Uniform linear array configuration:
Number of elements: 12
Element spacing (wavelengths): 1
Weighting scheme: binomial
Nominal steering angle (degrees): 45
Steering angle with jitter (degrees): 43.596
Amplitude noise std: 0.05
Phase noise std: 0.05

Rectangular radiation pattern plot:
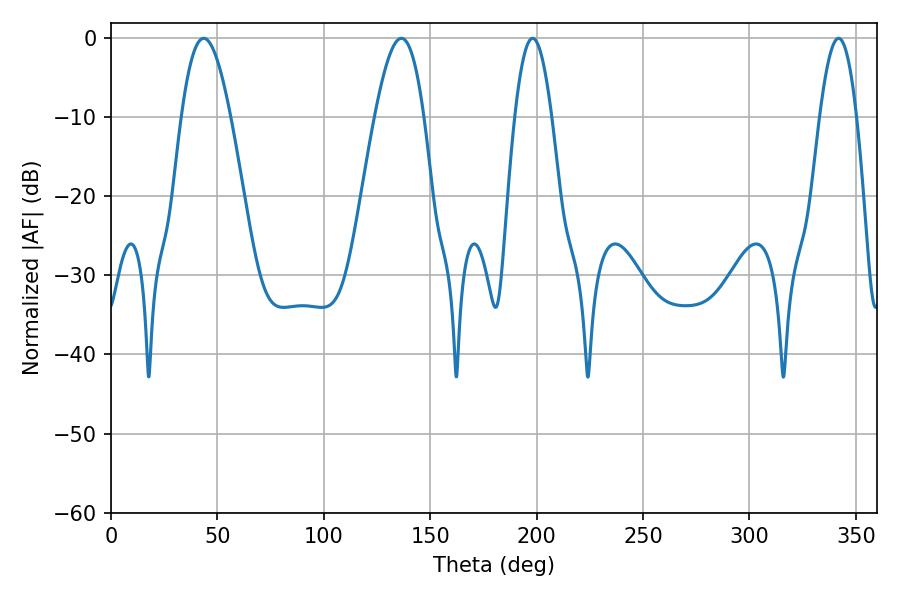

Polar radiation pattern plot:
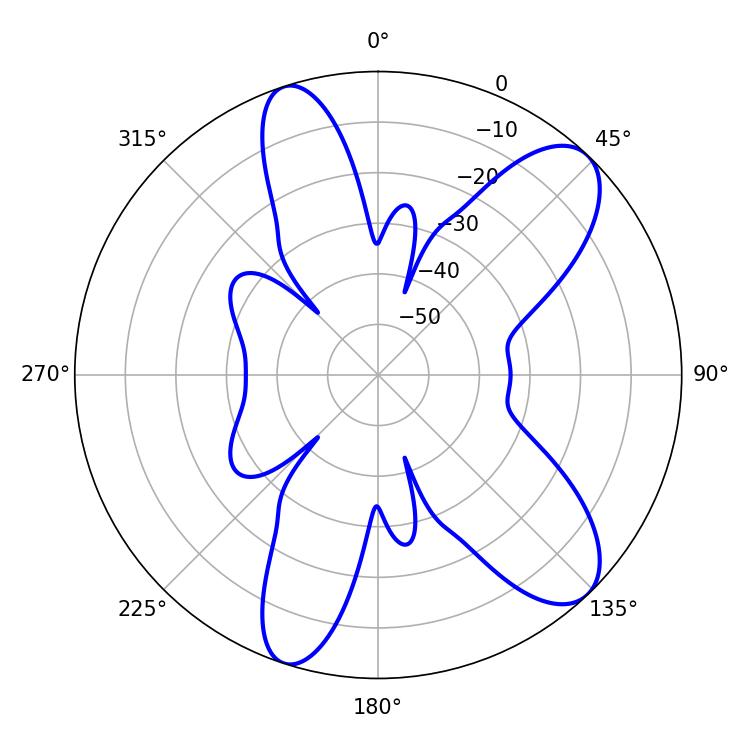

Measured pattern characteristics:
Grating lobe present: TRUE
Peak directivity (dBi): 9.659
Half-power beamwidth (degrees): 12.42
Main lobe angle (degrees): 136.44